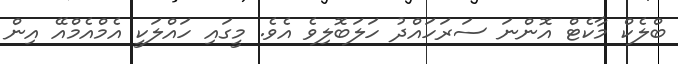
ބްލެކް މާކެޓް އޮންނަ ސަރަހައްދު ހަލަބޮލިވެ އެވެ. މީގައި ހައްލަކީ އެމްއެމްއޭ އިން